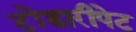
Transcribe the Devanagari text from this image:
टोंडारीपेट